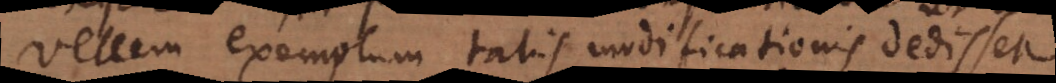
Vellem exemplum talis modificationis dedisset.